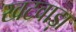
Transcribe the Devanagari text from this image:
खटवाड़ा